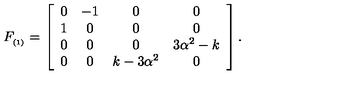
F _ { _ { ( 1 ) } } = \left[ \begin{array} { c c c c } { 0 } & { - 1 } & { 0 } & { 0 } \\ { 1 } & { 0 } & { 0 } & { 0 } \\ { 0 } & { 0 } & { 0 } & { 3 \alpha ^ { 2 } - k } \\ { 0 } & { 0 } & { k - 3 \alpha ^ { 2 } } & { 0 } \\ \end{array} \right] .